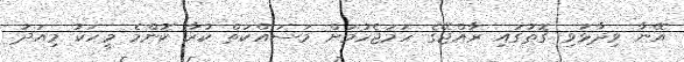
އޭނާ ވިދާޅުވި ގޮތުގައި ރާއްޖޭގެ ހަމަޖެހުމަށް މަސައްކަތް ކުރާ ކޮންމެ މީހަކު މިއަދު